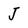
Character: J